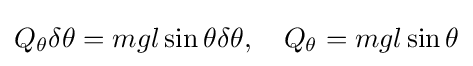
Q_{\theta }\delta \theta =mgl\sin \theta \delta \theta ,\quad Q_{\theta }=mgl\sin \theta